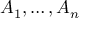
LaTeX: A _ { 1 } , \dotsc , A _ { n }